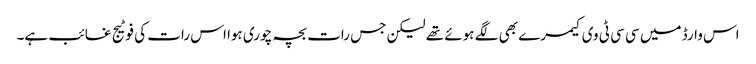
اس وارڈ میں سی سی ٹی وی کیمرے بھی لگے ہوئے تھے لیکن جس رات بچہ چوری ہوا اس رات کی فوٹیج غائب ہے۔